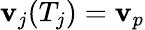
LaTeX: \mathbf{v}_{j}(T_{j})=\mathbf{v}_{p}